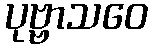
ပုဗ္ဗာသဝေ